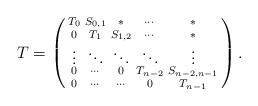
LaTeX: \begin{align*} T=\left ( \begin{smallmatrix}T_{0} & S_{0,1}& *& \cdots & *\\0&T_{1}&S_{1,2}&\cdots&*\\\vdots&\ddots&\ddots&\ddots&\vdots\\0&\cdots&0&T_{n-2}&S_{n-2,n-1}\\0&\cdots&\cdots&0&T_{n-1}\end{smallmatrix}\right ).\end{align*}